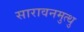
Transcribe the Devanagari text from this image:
सारावनमुत्थु